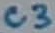
Text: C3